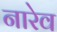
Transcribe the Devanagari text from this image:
नारेव